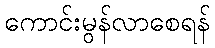
ကောင်းမွန်လာစေရန်